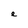
Character: e